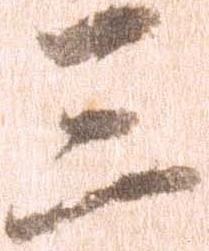
三